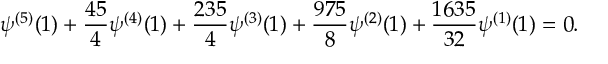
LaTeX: \psi ^ { ( 5 ) } ( 1 ) + \frac { 4 5 } { 4 } \psi ^ { ( 4 ) } ( 1 ) + \frac { 2 3 5 } { 4 } \psi ^ { ( 3 ) } ( 1 ) + \frac { 9 7 5 } { 8 } \psi ^ { ( 2 ) } ( 1 ) + \frac { 1 6 3 5 } { 3 2 } \psi ^ { ( 1 ) } ( 1 ) = 0 .